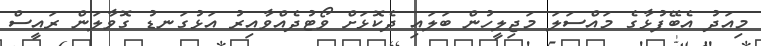
މިއަދު އެބޭފުޅާގެ މައްސަލަ މަޖިލީހުން ބަލައި ދެކޮޅަށް ވޯޓުދެއްވާއިރު އަޅުގަނޑު ގޮވާލަން ރައީސް